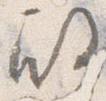
殿